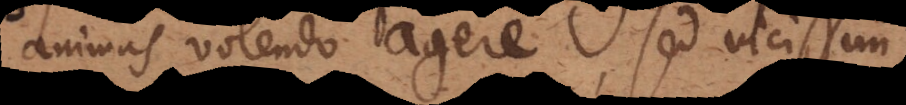
animas volendo agere, sed vicissim